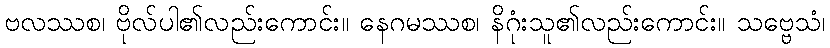
ဗလဿစ၊ ဗိုလ်ပါ၏လည်းကောင်း။ နေဂမဿစ၊ နိဂုံးသူ၏လည်းကောင်း။ သဗ္ဗေသံ၊